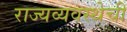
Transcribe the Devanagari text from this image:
राज्यव्यवस्थेची